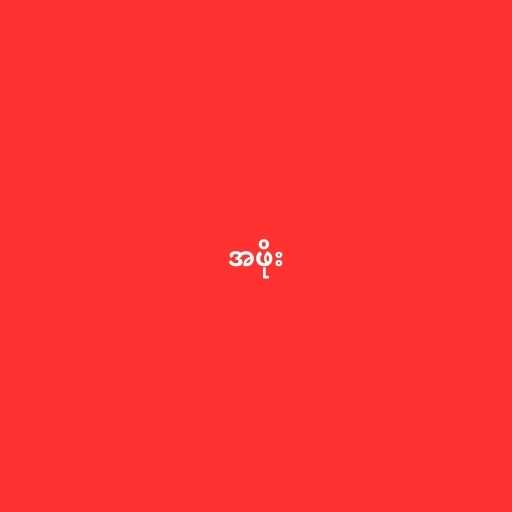
အဖိုး